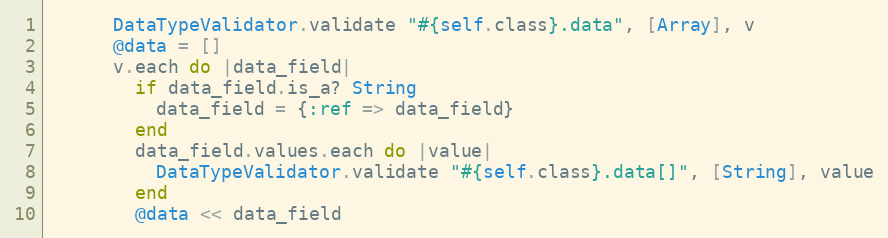
Language: Ruby
      DataTypeValidator.validate "#{self.class}.data", [Array], v
      @data = []
      v.each do |data_field|
        if data_field.is_a? String
          data_field = {:ref => data_field}
        end
        data_field.values.each do |value|
          DataTypeValidator.validate "#{self.class}.data[]", [String], value
        end
        @data << data_field